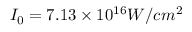
I _ { 0 } = 7 . 1 3 \times 1 0 ^ { 1 6 } W / c m ^ { 2 }